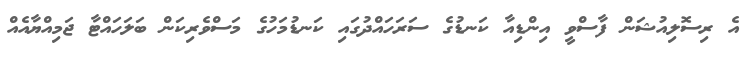
އެ ރިސޮލިއުޝަން ފާސްވީ އިންޑިއާ ކަނޑުގެ ސަރަހައްދުގައި ކަނޑުމަހުގެ މަސްވެރިކަން ބަލަހައްޓާ ޖަމިއްޔާއެއް